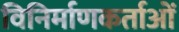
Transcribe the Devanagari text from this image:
विनिर्माणकर्ताओं